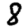
Digit: 8